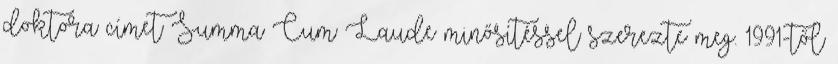
doktora címet Summa Cum Laude minősítéssel szerezte meg. 1991-től